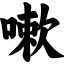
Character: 嗽